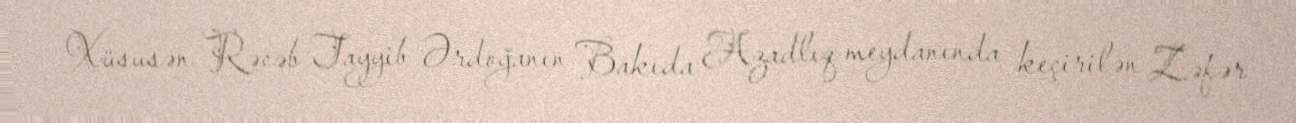
Xüsusən Rəcəb Tayyib Ərdoğanın Bakıda Azadlıq meydanında keçirilən Zəfər